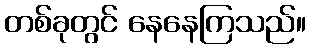
တစ်ခုတွင် နေနေကြသည်။